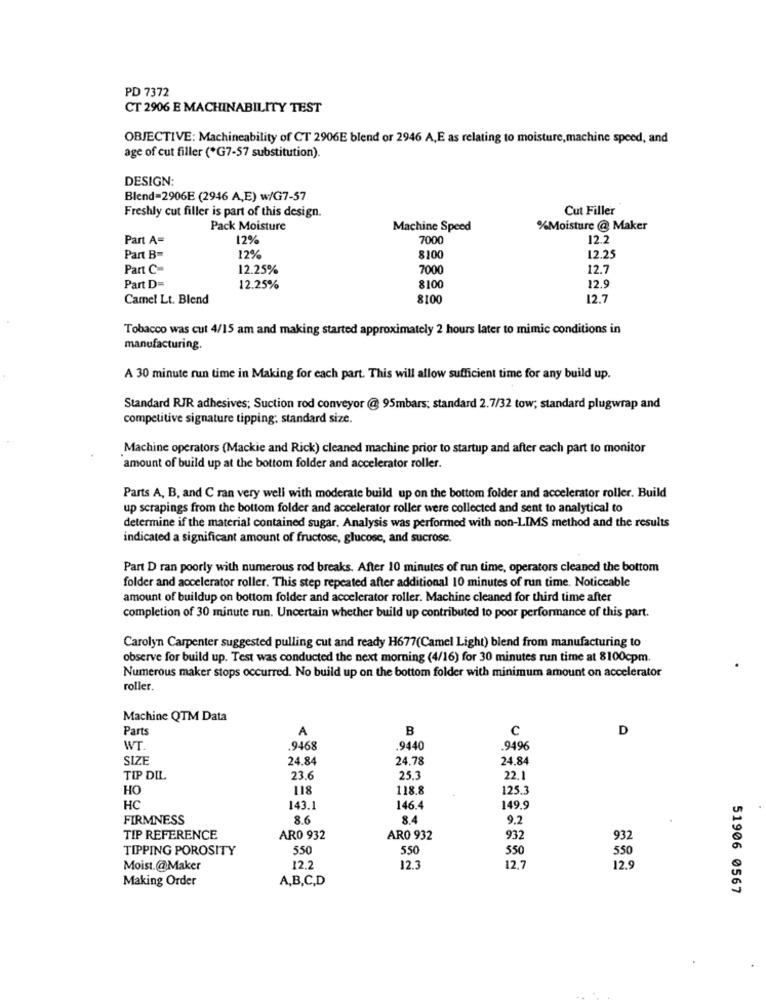
PD 7372
CT 2906 E MACHINABILITY TEST
OBJECTIVE: Machineability of CT 2906E blend or 2946 A, E as relating to moisture, machine speed, and
age of cut filler (*G7-57 substitution).
DESIGN:
Blend=2906E (2946 A,E) w/G7-57
Freshly cut filler is part of this design.
Cut Filler
Pack Moisture
Machine Speed
%Moisture @ Maker
Part A=
12%
7000
12.2
Part B=
12%
8100
12.25
Part C-
12.25%
7000
12.7
Part D=
12.25%
8100
12.9
Camel Lt. Blend
8100
12.7
Tobacco was cut 4/15 am and making started approximately 2 hours later to mimic conditions in
manufacturing.
A 30 minute run time in Making for each part. This will allow sufficient time for any build up.
Standard RJR adhesives; Suction rod conveyor @ 95mbars; standard 2.7/32 tow; standard plugwrap and
competitive signature tipping; standard size.
Machine operators (Mackie and Rick) cleaned machine prior to startup and after each part to monitor
amount of build up at the bottom folder and accelerator roller.
Parts A, B, and C ran very well with moderate build up on the bottom folder and accelerator roller. Build
up scrapings from the bottom folder and accelerator roller were collected and sent to analytical to
determine if the material contained sugar. Analysis was performed with non-LIMS method and the results
indicated a significant amount of fructose, glucose, and sucrose.
Part D ran poorly with numerous rod breaks. After 10 minutes of run time, operators cleaned the bottom
folder and accelerator roller. This step repeated after additional 10 minutes of run time. Noticeable
amount of buildup on bottom folder and accelerator roller. Machine cleaned for third time after
completion of 30 minute run. Uncertain whether build up contributed to poor performance of this part.
Carolyn Carpenter suggested pulling cut and ready H677(Camel Light) blend from manufacturing to
observe for build up. Test was conducted the next morning (4/16) for 30 minutes run time at 8100cpm.
Numerous maker stops occurred. No build up on the bottom folder with minimum amount on accelerator
roller.
Machine QTM Data
Parts
A
B
C
D
WT.
.9468
.9440
.9496
SIZE
24.84
24,78
24.84
TIP DIL
23.6
25.3
22.
HO
118
118.8
125.3
HC
143.1
146.4
149,9
FIRMNESS
8.6
8.4
9.2
TIP REFERENCE
AR0 932
ARO 932
932
932
TIPPING POROSITY
550
550
550
550
Moist.@Maker
12.2
12.3
12 .-
12.9
Making Order
A,B,C,D
51906 0567